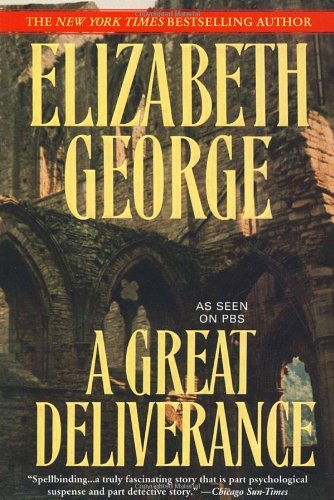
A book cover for A Great Deliverance (Inspector Lynley Mysteries, No. 1); Elizabeth George; Mystery, Thriller & Suspense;